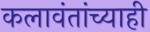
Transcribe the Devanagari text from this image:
कलावंतांच्याही